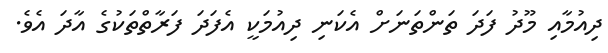
ދިއުމާއި މޫދު ފަދަ ތަންތަނަށް އެކަނި ދިއުމަކީ އެފަދަ ފަރާތްތަކުގެ އާދަ އެވެ.